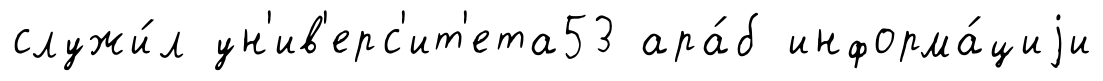
служи́л ун'ив'ерс'ит'ета53 ара́б информа́циjи